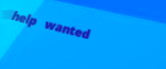
help wanted